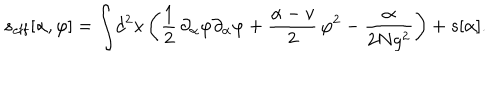
s _ { \mathrm { e f f } } [ \alpha , \varphi ] = \int \! d ^ { 2 } x \left( { \frac { 1 } { 2 } } \, \partial _ { \alpha } \varphi \partial _ { \alpha } \varphi + { \frac { \alpha - v } { 2 } } \, \varphi ^ { 2 } - { \frac { \alpha } { 2 N g ^ { 2 } } } \right) + s [ \alpha ] .